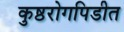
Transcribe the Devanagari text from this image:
कुष्ठरोगपिडीत